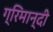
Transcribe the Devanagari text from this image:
ग्रिमान्दी